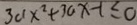
3 a x ^ { 2 } + 3 a x - 1 \leq 0